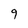
Character: 9